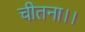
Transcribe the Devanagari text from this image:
चीतना।।